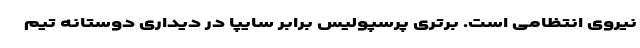
نیروی انتظامی است. برتری پرسپولیس برابر سایپا در دیداری دوستانه تیم